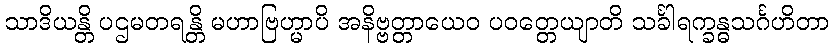
သာဒိယန္တိ ပဌမတရန္တိ မဟာဗြဟ္မာပိ အနိဗ္ဗတ္တာယေဝ ပဝတ္တေယျာတိ သင်္ခါရက္ခန္ဓသင်္ဂဟိတာ